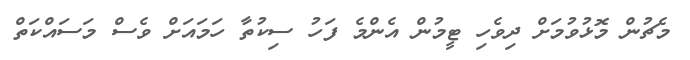
މެޗުން މޮޅުވުމަށް ދިވެހި ޓީމުން އެންމެ ފަހު ސިކުތާ ހަމައަށް ވެސް މަސައްކަތް